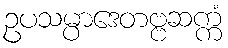
ဥပသမ္ပာဒေတဗ္ဗဆက္ကံ